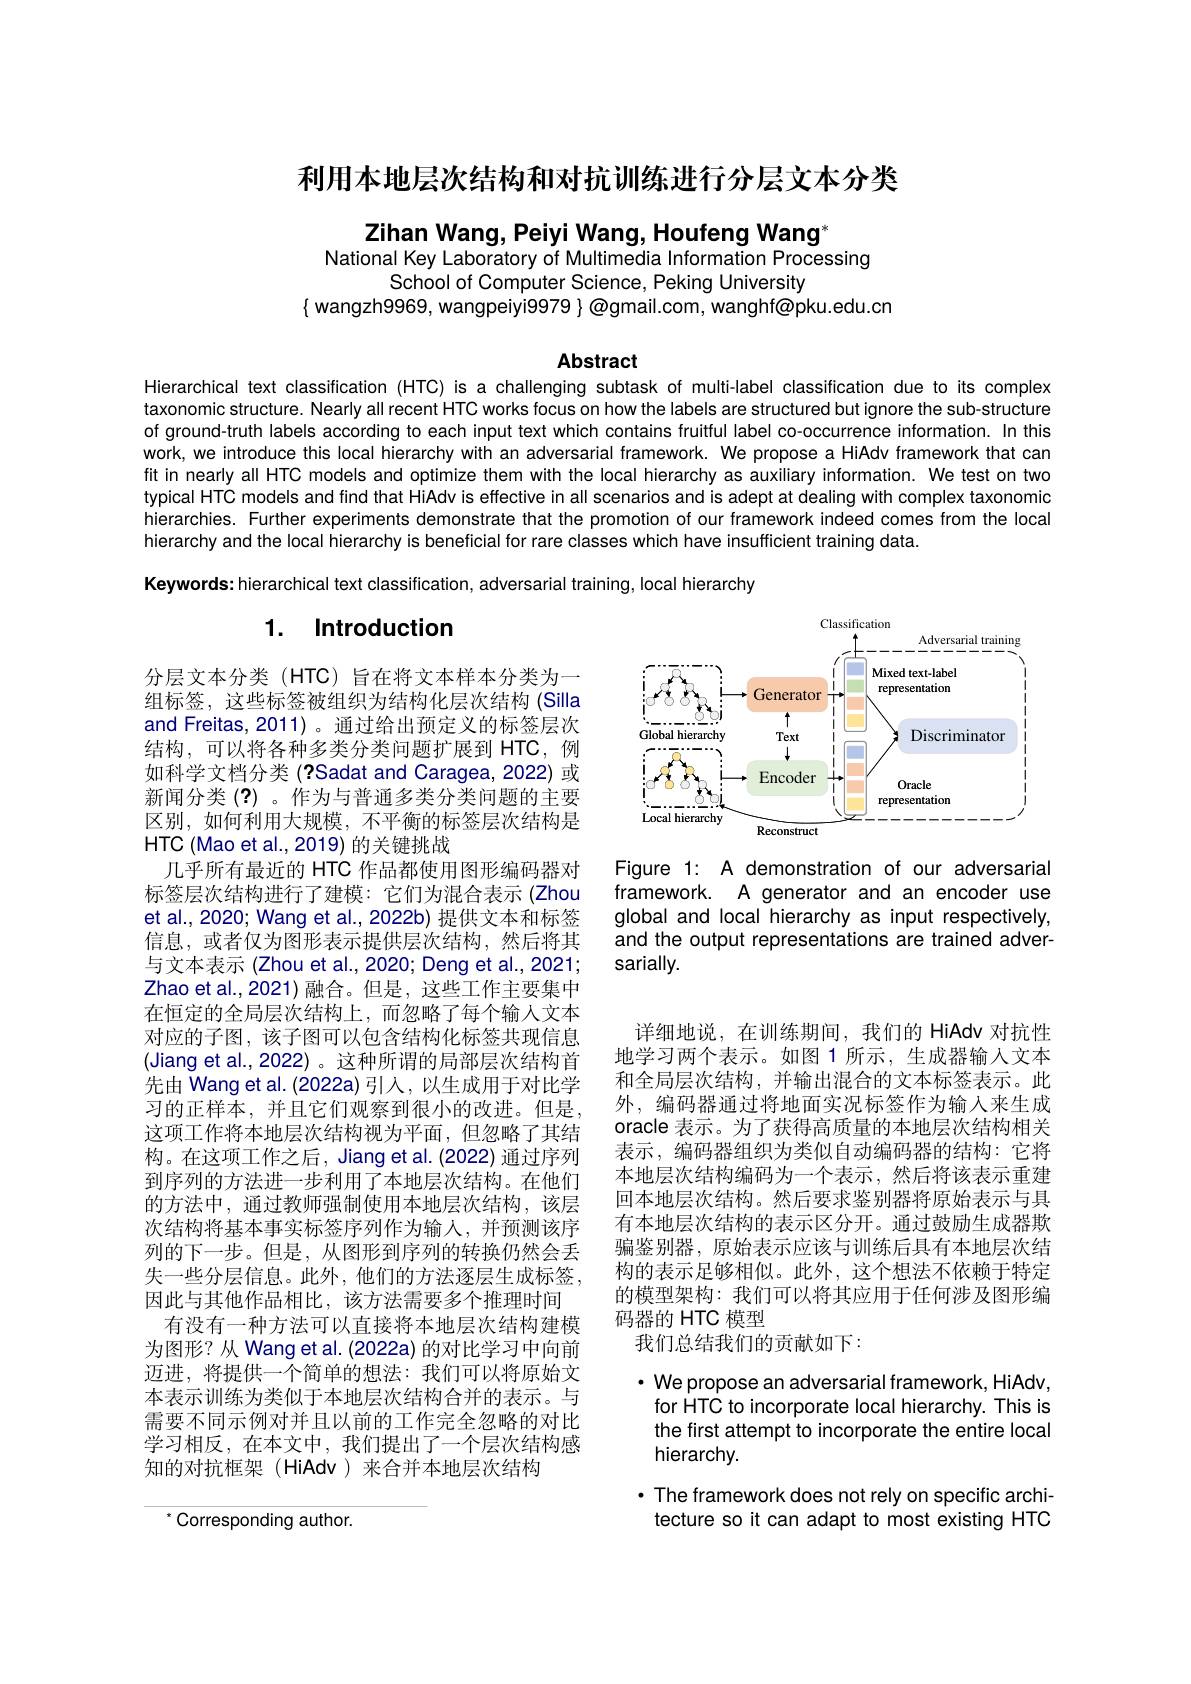
利用本地层次结构和对抗训练进行分层文本分类

Zihan Wang, Peiyi Wang, Houfeng Wang"
National Key Laboratory of Multimedia Information Processing

School of Computer Science, Peking University
$\{$ wangzh9969, wangpeiyi9979}@gmail.com, wanghf@pku.edu.cn

Abstract

Hierarchical text classification (HTC) is a challenging subtask of multi-label classification due to its complex taxonomic structure. Nearly all recent HTC works focus on how the labels are structured but ignore the sub-structure of ground-truth labels according to each input text which contains fruitful label co-occurrence information. In this work, we introduce this local hierarchy with an adversarial framework. We propose a HiAdv framework that can fit in nearly all HTC models and optimize them with the local hierarchy as auxiliary information. We test on two typical HTC models and find that HiAdv is effective in all scenarios and is adept at dealing with complex taxonomic hierarchies. Further experiments demonstrate that the promotion of our framework indeed comes from the local hierarchy and the local hierarchy is beneficial for rare classes which have insufficient training data.
Keywords: hierarchical text classification, adversarial training, local hierarchy

## 1. Introduction

<FigureHere>

Figure 1: A demonstration of our adversarial framework. A generator and an encoder use global and local hierarchy as input respectively, and the output representations are trained adversarially.

分层文本分类(HTC)旨在将文本样本分类为一组标签，这些标签被组织为结构化层次结构(Silla and Freitas, 2011)。通过给出预定义的标签层次结构，可以将各种多类分类问题扩展到 HTC,例如科学文档分类 (?Sadat and Caragea, 2022) 或新闻分类 (?) 。作为与普通多类分类问题的主要区别，如何利用大规模，不平衡的标签层次结构是HTC (Mao et al., 2019) 的关键挑战
几乎所有最近的 HTC 作品都使用图形编码器对标签层次结构进行了建模：它们为混合表示 (Zhou et al., 2020; Wang et al., 2022b) 提供文本和标签信息，或者仅为图形表示提供层次结构，然后将其与文本表示 (Zhou et al., 2020; Deng et al., 2021; Zhao et al.,2021)融合。但是，这些工作主要集中在恒定的全局层次结构上，而忽略了每个输人文本对应的子图，该子图可以包含结构化标签共现信息(Jiang et al., 2022) 。这种所谓的局部层次结构首先由 Wang et al. (2022a) 引人，以生成用于对比学习的正样本，并且它们观察到很小的改进。但是这项工作将本地层次结构视为平面，但忽略了其结构。在这项工作之后，Jiang et al. (2022) 通过序列到序列的方法进一步利用了本地层次结构。在他们的方法中，通过教师强制使用本地层次结构，该层次结构将基本事实标签序列作为输入，并预测该序列的下一步。但是，从图形到序列的转换仍然会丢失一些分层信息。此外，他们的方法逐层生成标签， 因此与其他作品相比，该方法需要多个推理时间
有没有一种方法可以直接将本地层次结构建模为图形？从 Wang et al. (2022a) 的对比学习中向前迈进，将提供一个简单的想法：我们可以将原始文本表示训练为类似于本地层次结构合并的表示。与需要不同示例对并且以前的工作完全忽略的对比学习相反，在本文中，我们提出了一个层次结构感知的对抗框架(HiAdv)来合并本地层次结构

详细地说，在训练期间，我们的 HiAdv 对抗性地学习两个表示。如图 1 所示，生成器输入文本和全局层次结构，并输出混合的文本标签表示。此外，编码器通过将地面实况标签作为输入来生成oracle 表示。为了获得高质量的本地层次结构相关表示，编码器组织为类似自动编码器的结构：它将本地层次结构编码为一个表示，然后将该表示重建回本地层次结构。然后要求鉴别器将原始表示与具有本地层次结构的表示区分开。通过鼓励生成器欺骗鉴别器，原始表示应该与训练后具有本地层次结构的表示足够相似。此外，这个想法不依赖于特定的模型架构：我们可以将其应用于任何涉及图形编码器的 HTC 模型
我们总结我们的贡献如下：

$\cdot$ We propose an adversarial framework, HiAdv, for HTC to incorporate local hierarchy. This is the first attempt to incorporate the entire local hierarchy.
$\cdot$ The framework does not rely on specific architecture so it can adapt to most existing HTC

$^{*}$Corresponding author.